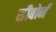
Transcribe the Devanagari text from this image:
सीबोर्न